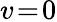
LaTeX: v\! =\! 0